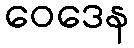
ဝေဒေန